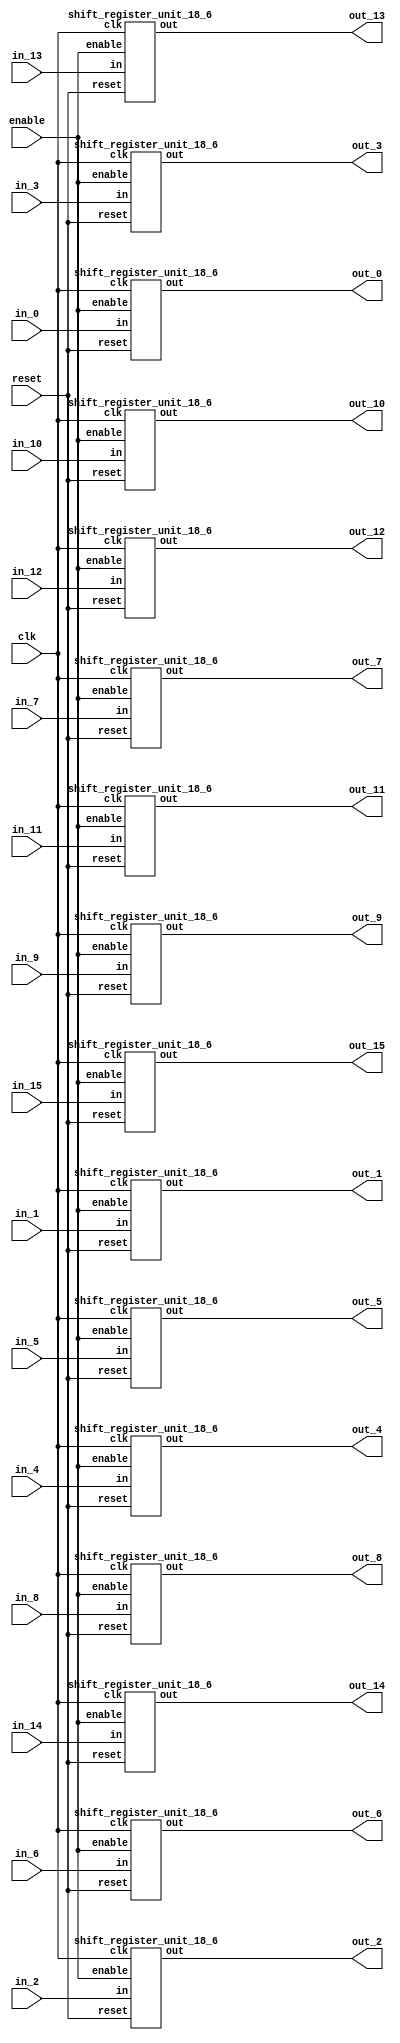
`define SIMULATION_MEMORY

module shift_register_group_18_16_6 (
	input clk,
	input enable,
	input [17:0] in_0,
	output [17:0] out_0,
	input [17:0] in_1,
	output [17:0] out_1,
	input [17:0] in_2,
	output [17:0] out_2,
	input [17:0] in_3,
	output [17:0] out_3,
	input [17:0] in_4,
	output [17:0] out_4,
	input [17:0] in_5,
	output [17:0] out_5,
	input [17:0] in_6,
	output [17:0] out_6,
	input [17:0] in_7,
	output [17:0] out_7,
	input [17:0] in_8,
	output [17:0] out_8,
	input [17:0] in_9,
	output [17:0] out_9,
	input [17:0] in_10,
	output [17:0] out_10,
	input [17:0] in_11,
	output [17:0] out_11,
	input [17:0] in_12,
	output [17:0] out_12,
	input [17:0] in_13,
	output [17:0] out_13,
	input [17:0] in_14,
	output [17:0] out_14,
	input [17:0] in_15,
	output [17:0] out_15,
	input reset
);

shift_register_unit_18_6 shift_register_unit_18_6_inst_0 (
	.clk(clk),
	.reset(reset),
	.enable(enable),
	.in(in_0),
	.out(out_0)
);

shift_register_unit_18_6 shift_register_unit_18_6_inst_1 (
	.clk(clk),
	.reset(reset),
	.enable(enable),
	.in(in_1),
	.out(out_1)
);

shift_register_unit_18_6 shift_register_unit_18_6_inst_2 (
	.clk(clk),
	.reset(reset),
	.enable(enable),
	.in(in_2),
	.out(out_2)
);

shift_register_unit_18_6 shift_register_unit_18_6_inst_3 (
	.clk(clk),
	.reset(reset),
	.enable(enable),
	.in(in_3),
	.out(out_3)
);

shift_register_unit_18_6 shift_register_unit_18_6_inst_4 (
	.clk(clk),
	.reset(reset),
	.enable(enable),
	.in(in_4),
	.out(out_4)
);

shift_register_unit_18_6 shift_register_unit_18_6_inst_5 (
	.clk(clk),
	.reset(reset),
	.enable(enable),
	.in(in_5),
	.out(out_5)
);

shift_register_unit_18_6 shift_register_unit_18_6_inst_6 (
	.clk(clk),
	.reset(reset),
	.enable(enable),
	.in(in_6),
	.out(out_6)
);

shift_register_unit_18_6 shift_register_unit_18_6_inst_7 (
	.clk(clk),
	.reset(reset),
	.enable(enable),
	.in(in_7),
	.out(out_7)
);

shift_register_unit_18_6 shift_register_unit_18_6_inst_8 (
	.clk(clk),
	.reset(reset),
	.enable(enable),
	.in(in_8),
	.out(out_8)
);

shift_register_unit_18_6 shift_register_unit_18_6_inst_9 (
	.clk(clk),
	.reset(reset),
	.enable(enable),
	.in(in_9),
	.out(out_9)
);

shift_register_unit_18_6 shift_register_unit_18_6_inst_10 (
	.clk(clk),
	.reset(reset),
	.enable(enable),
	.in(in_10),
	.out(out_10)
);

shift_register_unit_18_6 shift_register_unit_18_6_inst_11 (
	.clk(clk),
	.reset(reset),
	.enable(enable),
	.in(in_11),
	.out(out_11)
);

shift_register_unit_18_6 shift_register_unit_18_6_inst_12 (
	.clk(clk),
	.reset(reset),
	.enable(enable),
	.in(in_12),
	.out(out_12)
);

shift_register_unit_18_6 shift_register_unit_18_6_inst_13 (
	.clk(clk),
	.reset(reset),
	.enable(enable),
	.in(in_13),
	.out(out_13)
);

shift_register_unit_18_6 shift_register_unit_18_6_inst_14 (
	.clk(clk),
	.reset(reset),
	.enable(enable),
	.in(in_14),
	.out(out_14)
);

shift_register_unit_18_6 shift_register_unit_18_6_inst_15 (
	.clk(clk),
	.reset(reset),
	.enable(enable),
	.in(in_15),
	.out(out_15)
);

endmodule
module shift_register_unit_18_6 (
	input clk,
	input reset,
	input enable,
	input [17:0] in,
	output [17:0] out
);

reg [17:0] shift_registers_0;
reg [17:0] shift_registers_1;
reg [17:0] shift_registers_2;
reg [17:0] shift_registers_3;
reg [17:0] shift_registers_4;
reg [17:0] shift_registers_5;
always @ (posedge clk) begin
	if (reset) begin
		shift_registers_0 <= 18'd0;
		shift_registers_1 <= 18'd0;
		shift_registers_2 <= 18'd0;
		shift_registers_3 <= 18'd0;
		shift_registers_4 <= 18'd0;
		shift_registers_5 <= 18'd0;
	end else if (enable) begin
		shift_registers_0 <= in;
		shift_registers_1 <= shift_registers_0;
		shift_registers_2 <= shift_registers_1;
		shift_registers_3 <= shift_registers_2;
		shift_registers_4 <= shift_registers_3;
		shift_registers_5 <= shift_registers_4;
	end
end

assign out = shift_registers_5;

endmodule